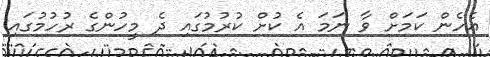
އެހެން ކަމަށް ވާ ނަމަ އެ ކުށް ކުރުމުގައި ދެ މީހުންގެ ރުހުމުގައި